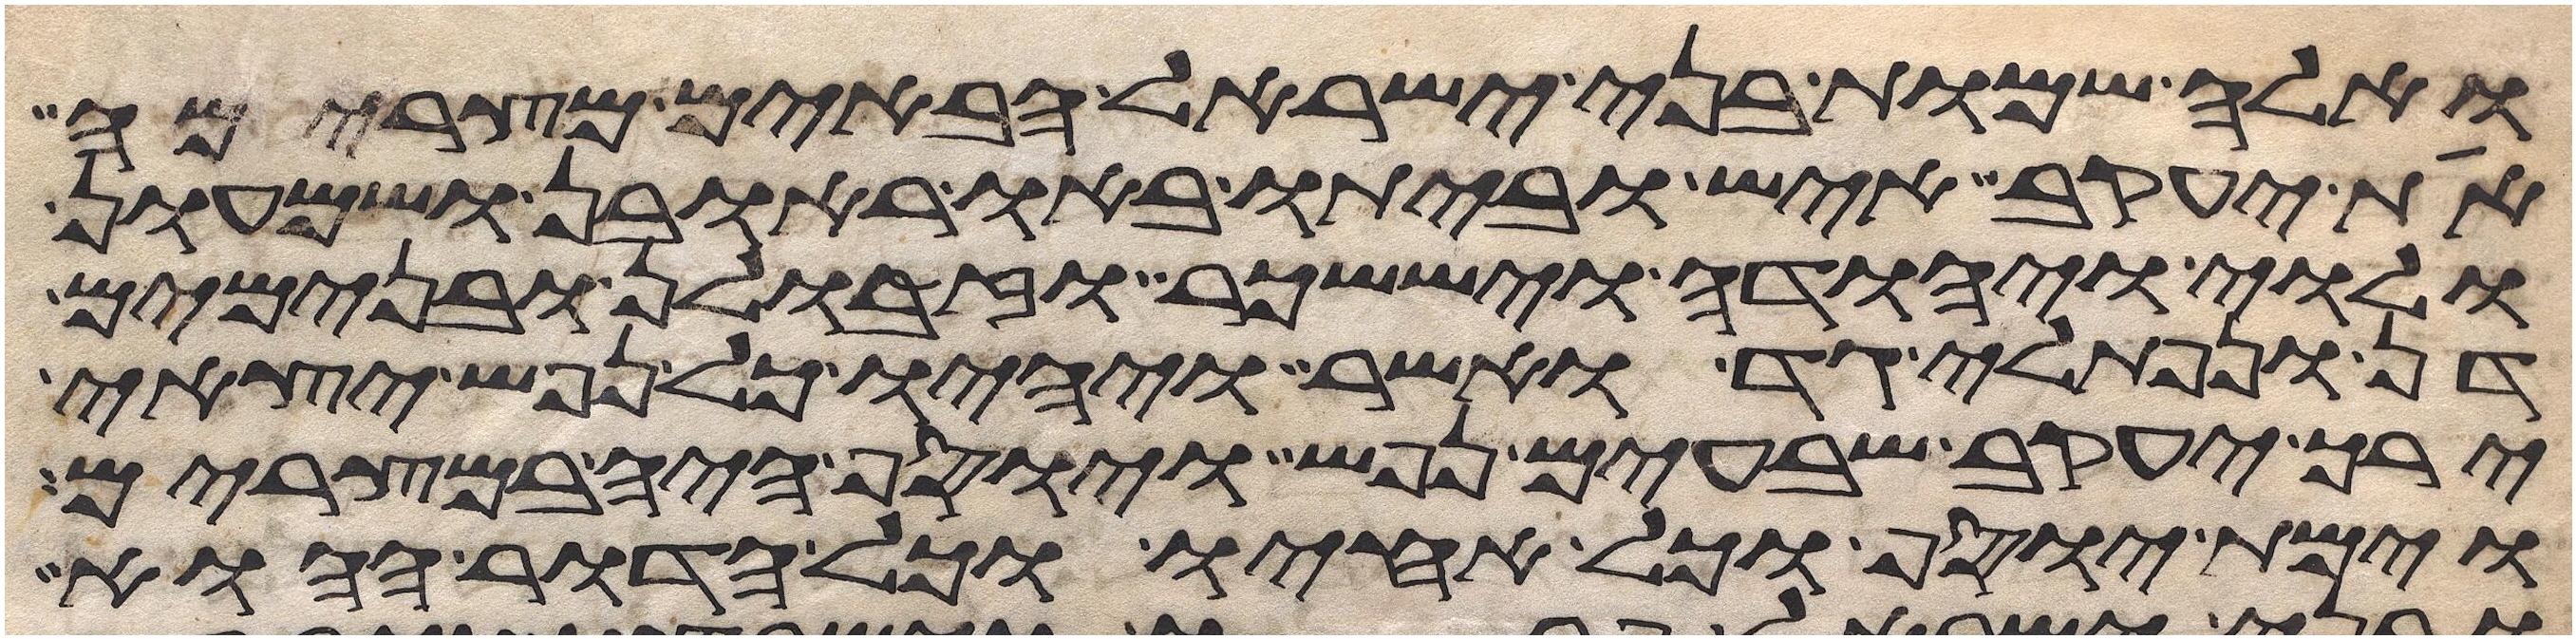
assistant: ואלה שמות בני ישראל הבאים מצרימה
את יעקב איש וביתו באו ראובן ושמעון
ולוי ויהודה ויששכר וזבולן ובנימים
דן ונפתלי גד ואשר ויהיו כל נפש יצאי
ירך יעקב שבעים נפש ויוסף היה במצרים
וימת יוסף וכל אחיו וכל הדור ההוא